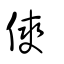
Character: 傸